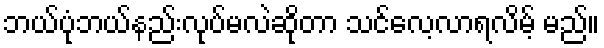
ဘယ်ပုံဘယ်နည်းလုပ်မလဲဆိုတာ သင်လေ့လာရလိမ့် မည်။